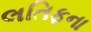
લતિફના